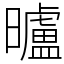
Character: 曥